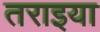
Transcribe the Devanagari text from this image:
तराइया